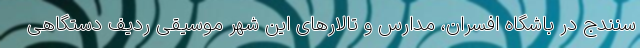
سنندج در باشگاه افسران، مدارس و تالارهای این شهر موسیقی ردیف دستگاهی